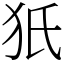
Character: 㹝